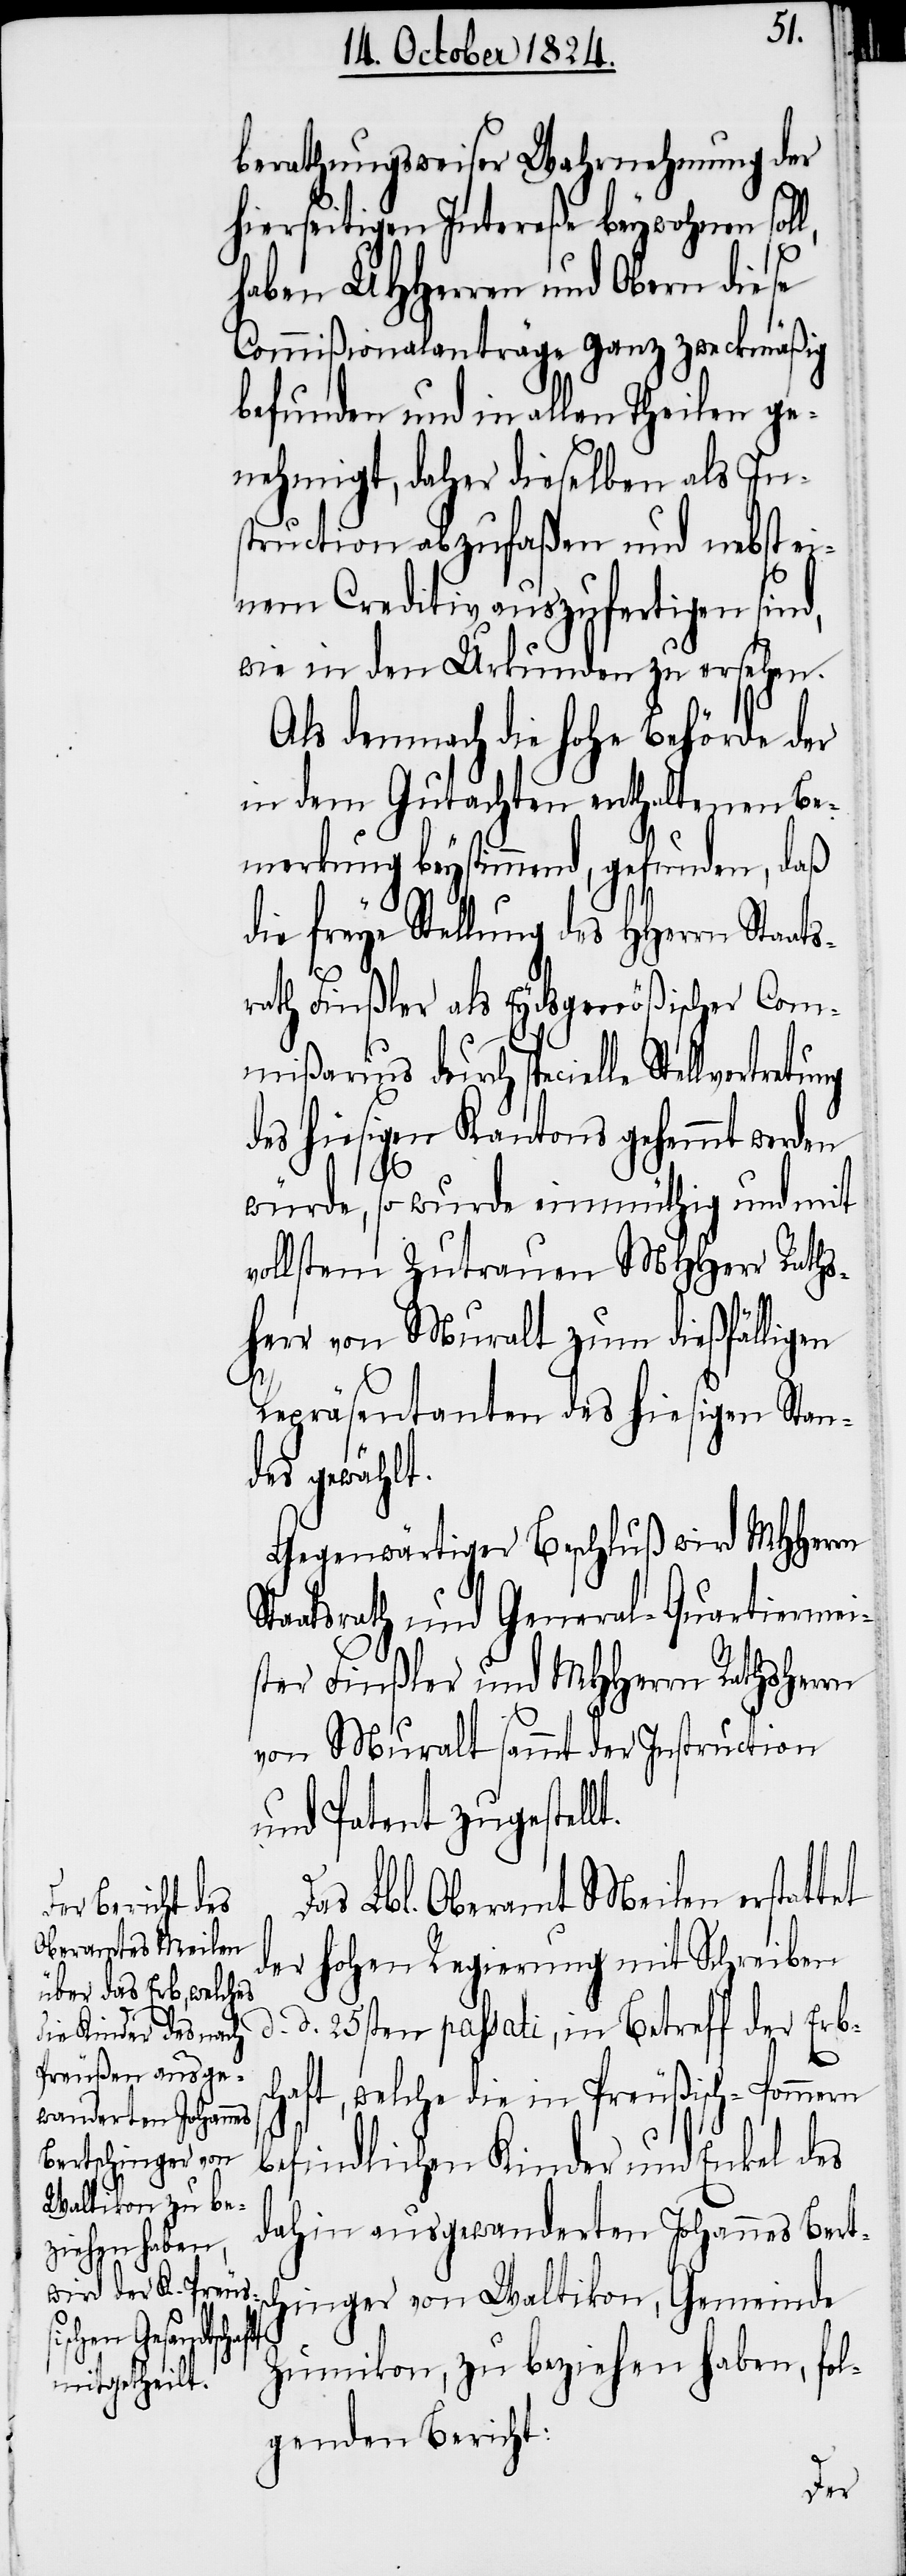
D¬
berathungsweiser Wahrnehmung der
hierseitigen Intereße beywohnen sol¬
haben UHHerren und Obern diese
Commißionalanträge ganz zweckmäßig
befunden und in allen Theilen ge¬
nehmigt, daher dieselben als In¬
struction abzufaßen und nebst ei¬
nem Creditiv auszufertigen sind,
wie in den Urkunden zu ersehen.
Als demnach die hohe Behörde der
in dem Gutachten enthaltenen Be¬
merkung beystimmend, gefunden, daß
die freye Stellung des HHerrn Staa¬
rath Finßler als Eydsgenößischer Com¬
mißarius durch specielle Stellvertr¬
des hiesigen Kantons gehemmt werden
würde, so wurde einmüthig und mit
vollstem Zutrauen MHHerr Raths¬
herr von Muralt zum dießfälligen
Repräsentanten des hiesigen Stan¬
des gewählt.
Gegenwärtiger Beschluß wird MHHerrn
Staatsrath und General-Quartiermei¬
ster Finßler und MHHerrn Rathsherrn
von Muralt sammt der Instruction
und Patent zugestell¬
as Lbl. Oberamt Meilen erstattet
der hohen Regierung mit Schreiben
d. d. 25sten passati, in Betreff der Erb¬
befindlichen Kinder und Enkel des
dahin ausgewanderten Johannes Bert¬
schinger von Waltikon, Gemeinde
sch-Pommern
Zumikon, zu beziehen haben, fol¬
genden Bericht: